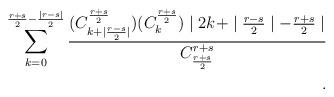
LaTeX: \begin{align*}\sum_{k=0}^{\frac{r+s}{2}-\frac{\mid r-s\mid}{2}} \frac{(C_{k+\mid \frac{r-s}{2} \mid}^{\frac{r+s}{2}})(C_k^{\frac{r+s}{2}})\mid 2k + \mid \frac{r-s}{2} \mid - \frac{r+s}{2}\mid}{C_{\frac{r+s}{2}}^{r+s}} \\.\end{align*}